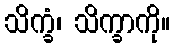
သိက္ခံ၊ သိက္ခာကို။